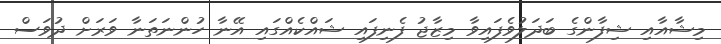
މިޝާއާއި ޝިފާންގެ ބަދަލުވެފައިވާ މިޒާޖު ފެނިފައި ޝައްކެއްގައި އޭނާ ހުންނަތަނާ ވަރަށް ދުވަސް